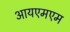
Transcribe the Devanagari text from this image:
आयएमएम